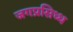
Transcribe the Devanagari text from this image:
जगप्रसिध्ध